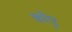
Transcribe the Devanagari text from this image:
कोपु